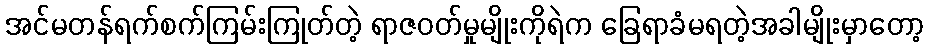
အင်မတန်ရက်စက်ကြမ်းကြုတ်တဲ့ ရာဇဝတ်မှုမျိုးကိုရဲက ခြေရာခံမရတဲ့အခါမျိုးမှာတော့